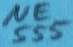
Text: NE555